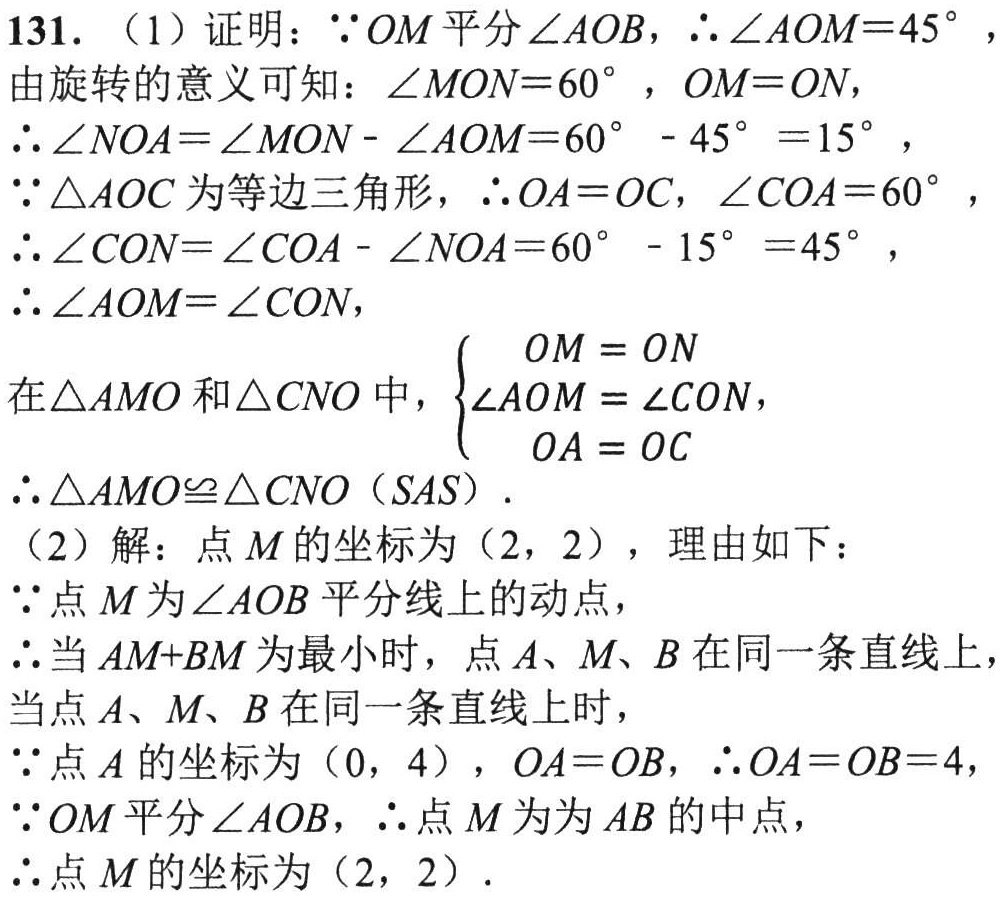
131. （1）证明：\(\because OM\)平分\(\angle AOB\)，\(\therefore\angle AOM = 45^{\circ}\)，
由旋转的意义可知：\(\angle MON = 60^{\circ}\)，\(OM = ON\)，
\(\therefore\angle NOA=\angle MON-\angle AOM = 60^{\circ}-45^{\circ}=15^{\circ}\)，
\(\because\triangle AOC\)为等边三角形，\(\therefore OA = OC\)，\(\angle COA = 60^{\circ}\)，
\(\therefore\angle CON=\angle COA-\angle NOA = 60^{\circ}-15^{\circ}=45^{\circ}\)，
\(\therefore\angle AOM=\angle CON\)，
在\(\triangle AMO\)和\(\triangle CNO\)中，\(\begin{cases}OM = ON\\\angle AOM=\angle CON\\OA = OC\end{cases}\)，
\(\therefore\triangle AMO\cong\triangle CNO(SAS)\).
（2）解：点\(M\)的坐标为\((2,2)\)，理由如下：
\(\because\)点\(M\)为\(\angle AOB\)平分线上的动点，
\(\therefore\)当\(AM + BM\)为最小时，点\(A、M、B\)在同一条直线上，
当点\(A、M、B\)在同一条直线上时，
\(\because\)点\(A\)的坐标为\((0,4)\)，\(OA = OB\)，\(\therefore OA = OB = 4\)，
\(\because OM\)平分\(\angle AOB\)，\(\therefore\)点\(M\)为\(AB\)的中点，
\(\therefore\)点\(M\)的坐标为\((2,2)\).